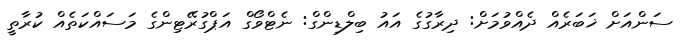
ސަންއަށް ޚަބަރެއް ދެއްވުމަށް: ދިރާގުގެ އައު ބިލްޑިންގް: ނެޓްވޯގް އަޕްގުރޭޓިންގެ މަސައްކަތެއް ކުރާތީ